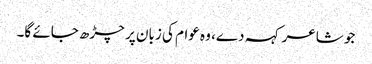
جو شاعر کہہ دے، وہ عوام کی زبان پر چڑھ جائے گا۔